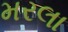
મરલા